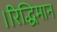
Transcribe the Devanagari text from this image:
।रिद्धिमान